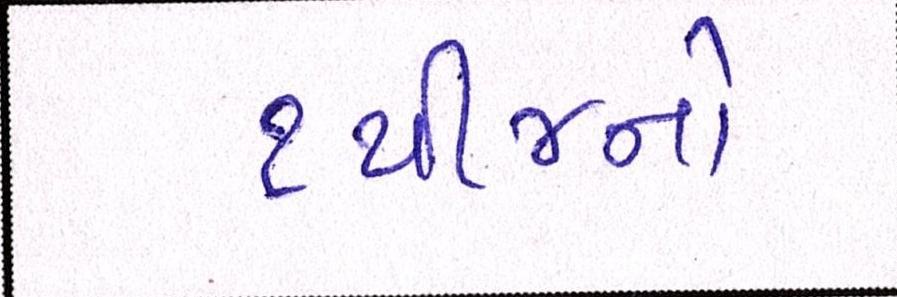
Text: ૧થી૪નો